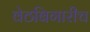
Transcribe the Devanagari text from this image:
वेठबिगारीच